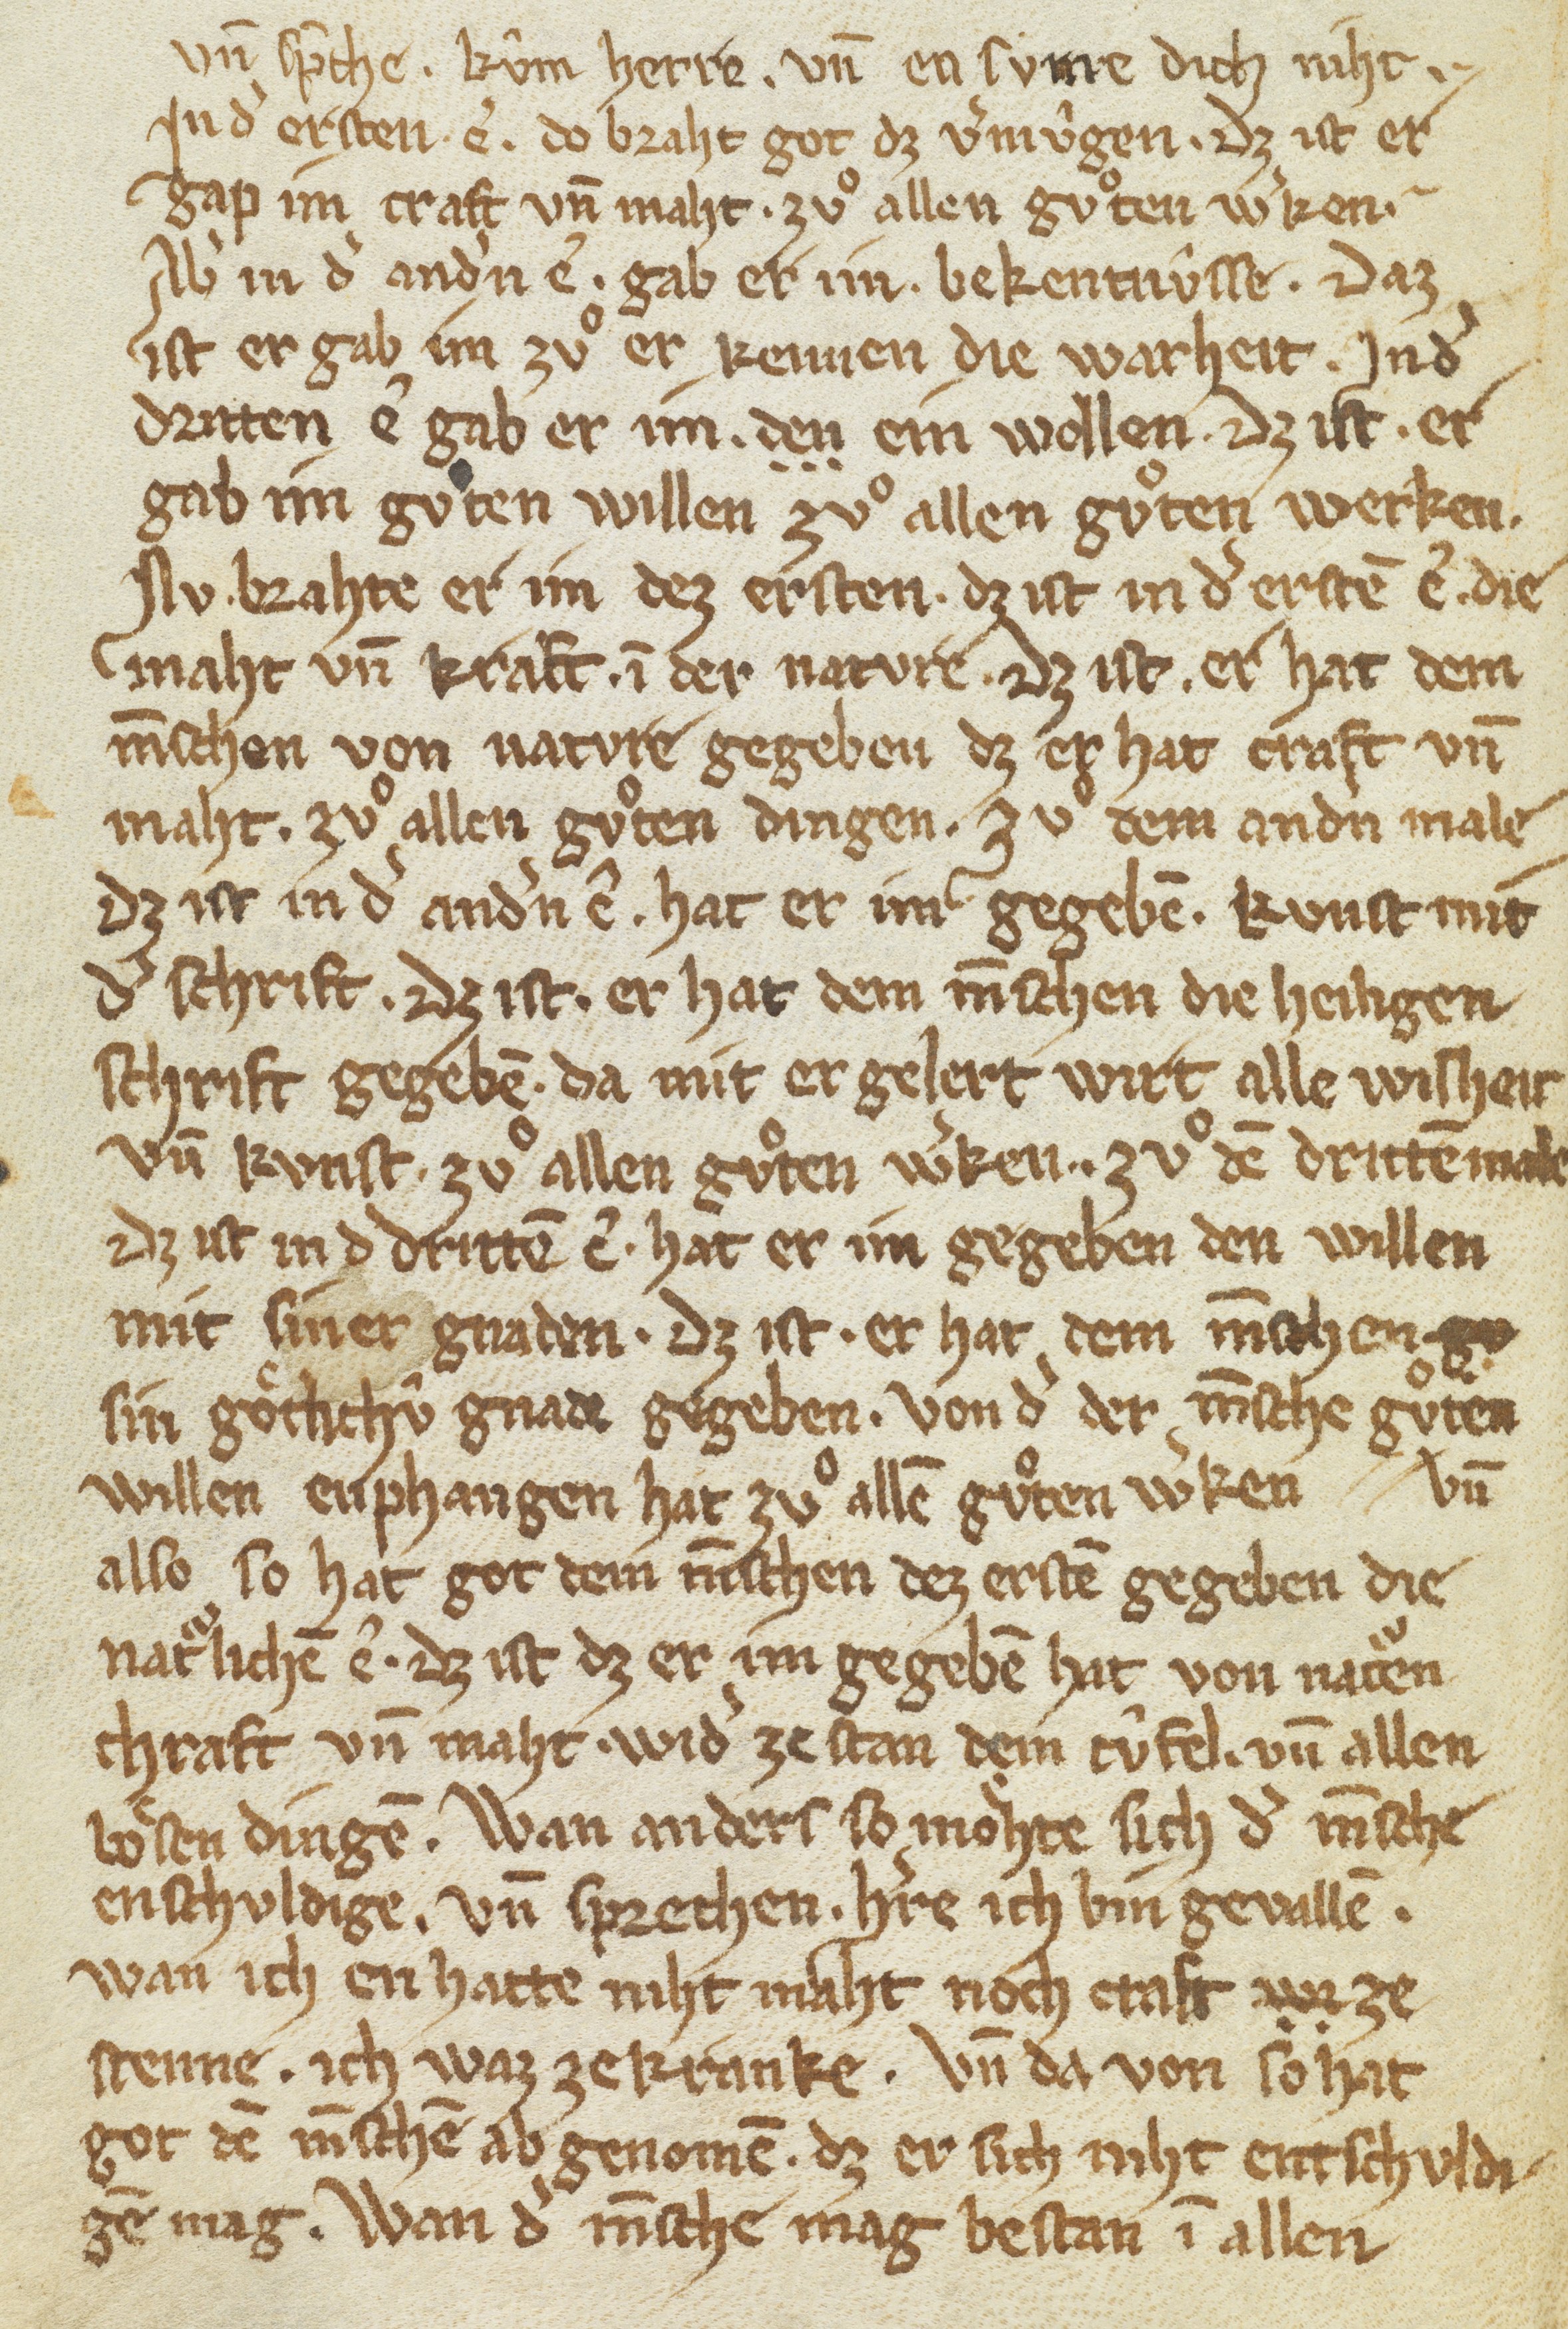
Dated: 1300–1399